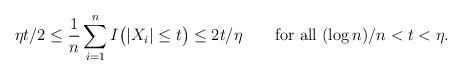
LaTeX: \begin{align*} \eta t/2 \le\frac{1}{n}\sum_{i=1}^nI \bigl(|X_i|\le t \bigr) \le2 t/\eta\qquad\mbox{for all }(\log n)/n <t<\eta.\end{align*}